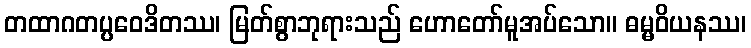
တထာဂတပ္ပဝေဒိတဿ၊ မြတ်စွာဘုရားသည် ဟောတော်မူအပ်သော။ ဓမ္မဝိယနဿ၊